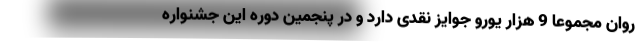
روان مجموعا 9 هزار یورو جوایز نقدی دارد و در پنجمین دوره این جشنواره